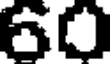
60